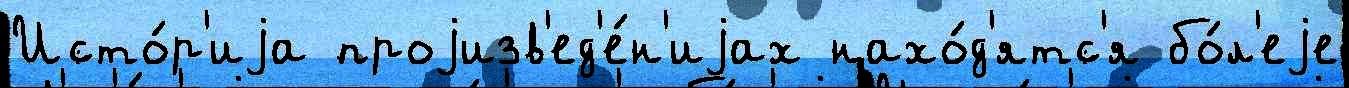
Исто́р'иjа проjизв'ед'е́н'иjах нахо́д'ятс'я бо́л'еjе